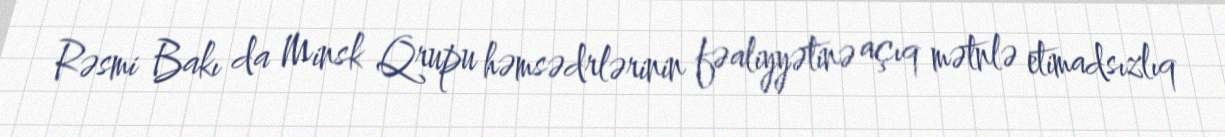
Rəsmi Bakı da Minsk Qrupu həmsədrlərinin fəaliyyətinə açıq mətnlə etimadsızlıq